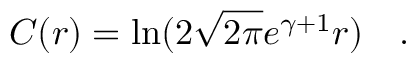
C ( r ) = \ln ( 2 \sqrt { 2 \pi } e ^ { \gamma + 1 } r ) \quad .